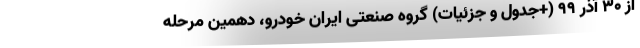
از 30 آذر 99 (+جدول و جزئیات) گروه صنعتی ایران خودرو،‌ دهمین مرحله